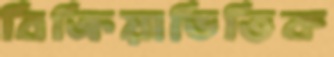
বিক্রিয়াভিত্তিক